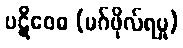
ပဋိဝေဓ (မဂ်ဖိုလ်ရမှု)